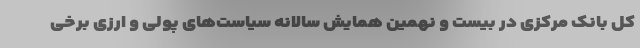
کل بانک مرکزی در بیست و نهمین همایش سالانه سیاست‌های پولی و ارزی برخی